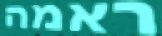
ראמה